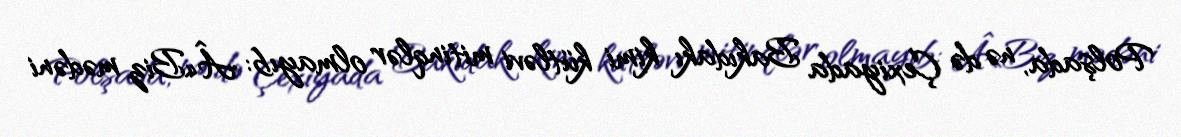
Polşada, nə də Çexiyada Bakıdakı kimi kütləvi mitinqlər olmayıb: Â«Biz mədəni